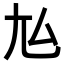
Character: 𡯆